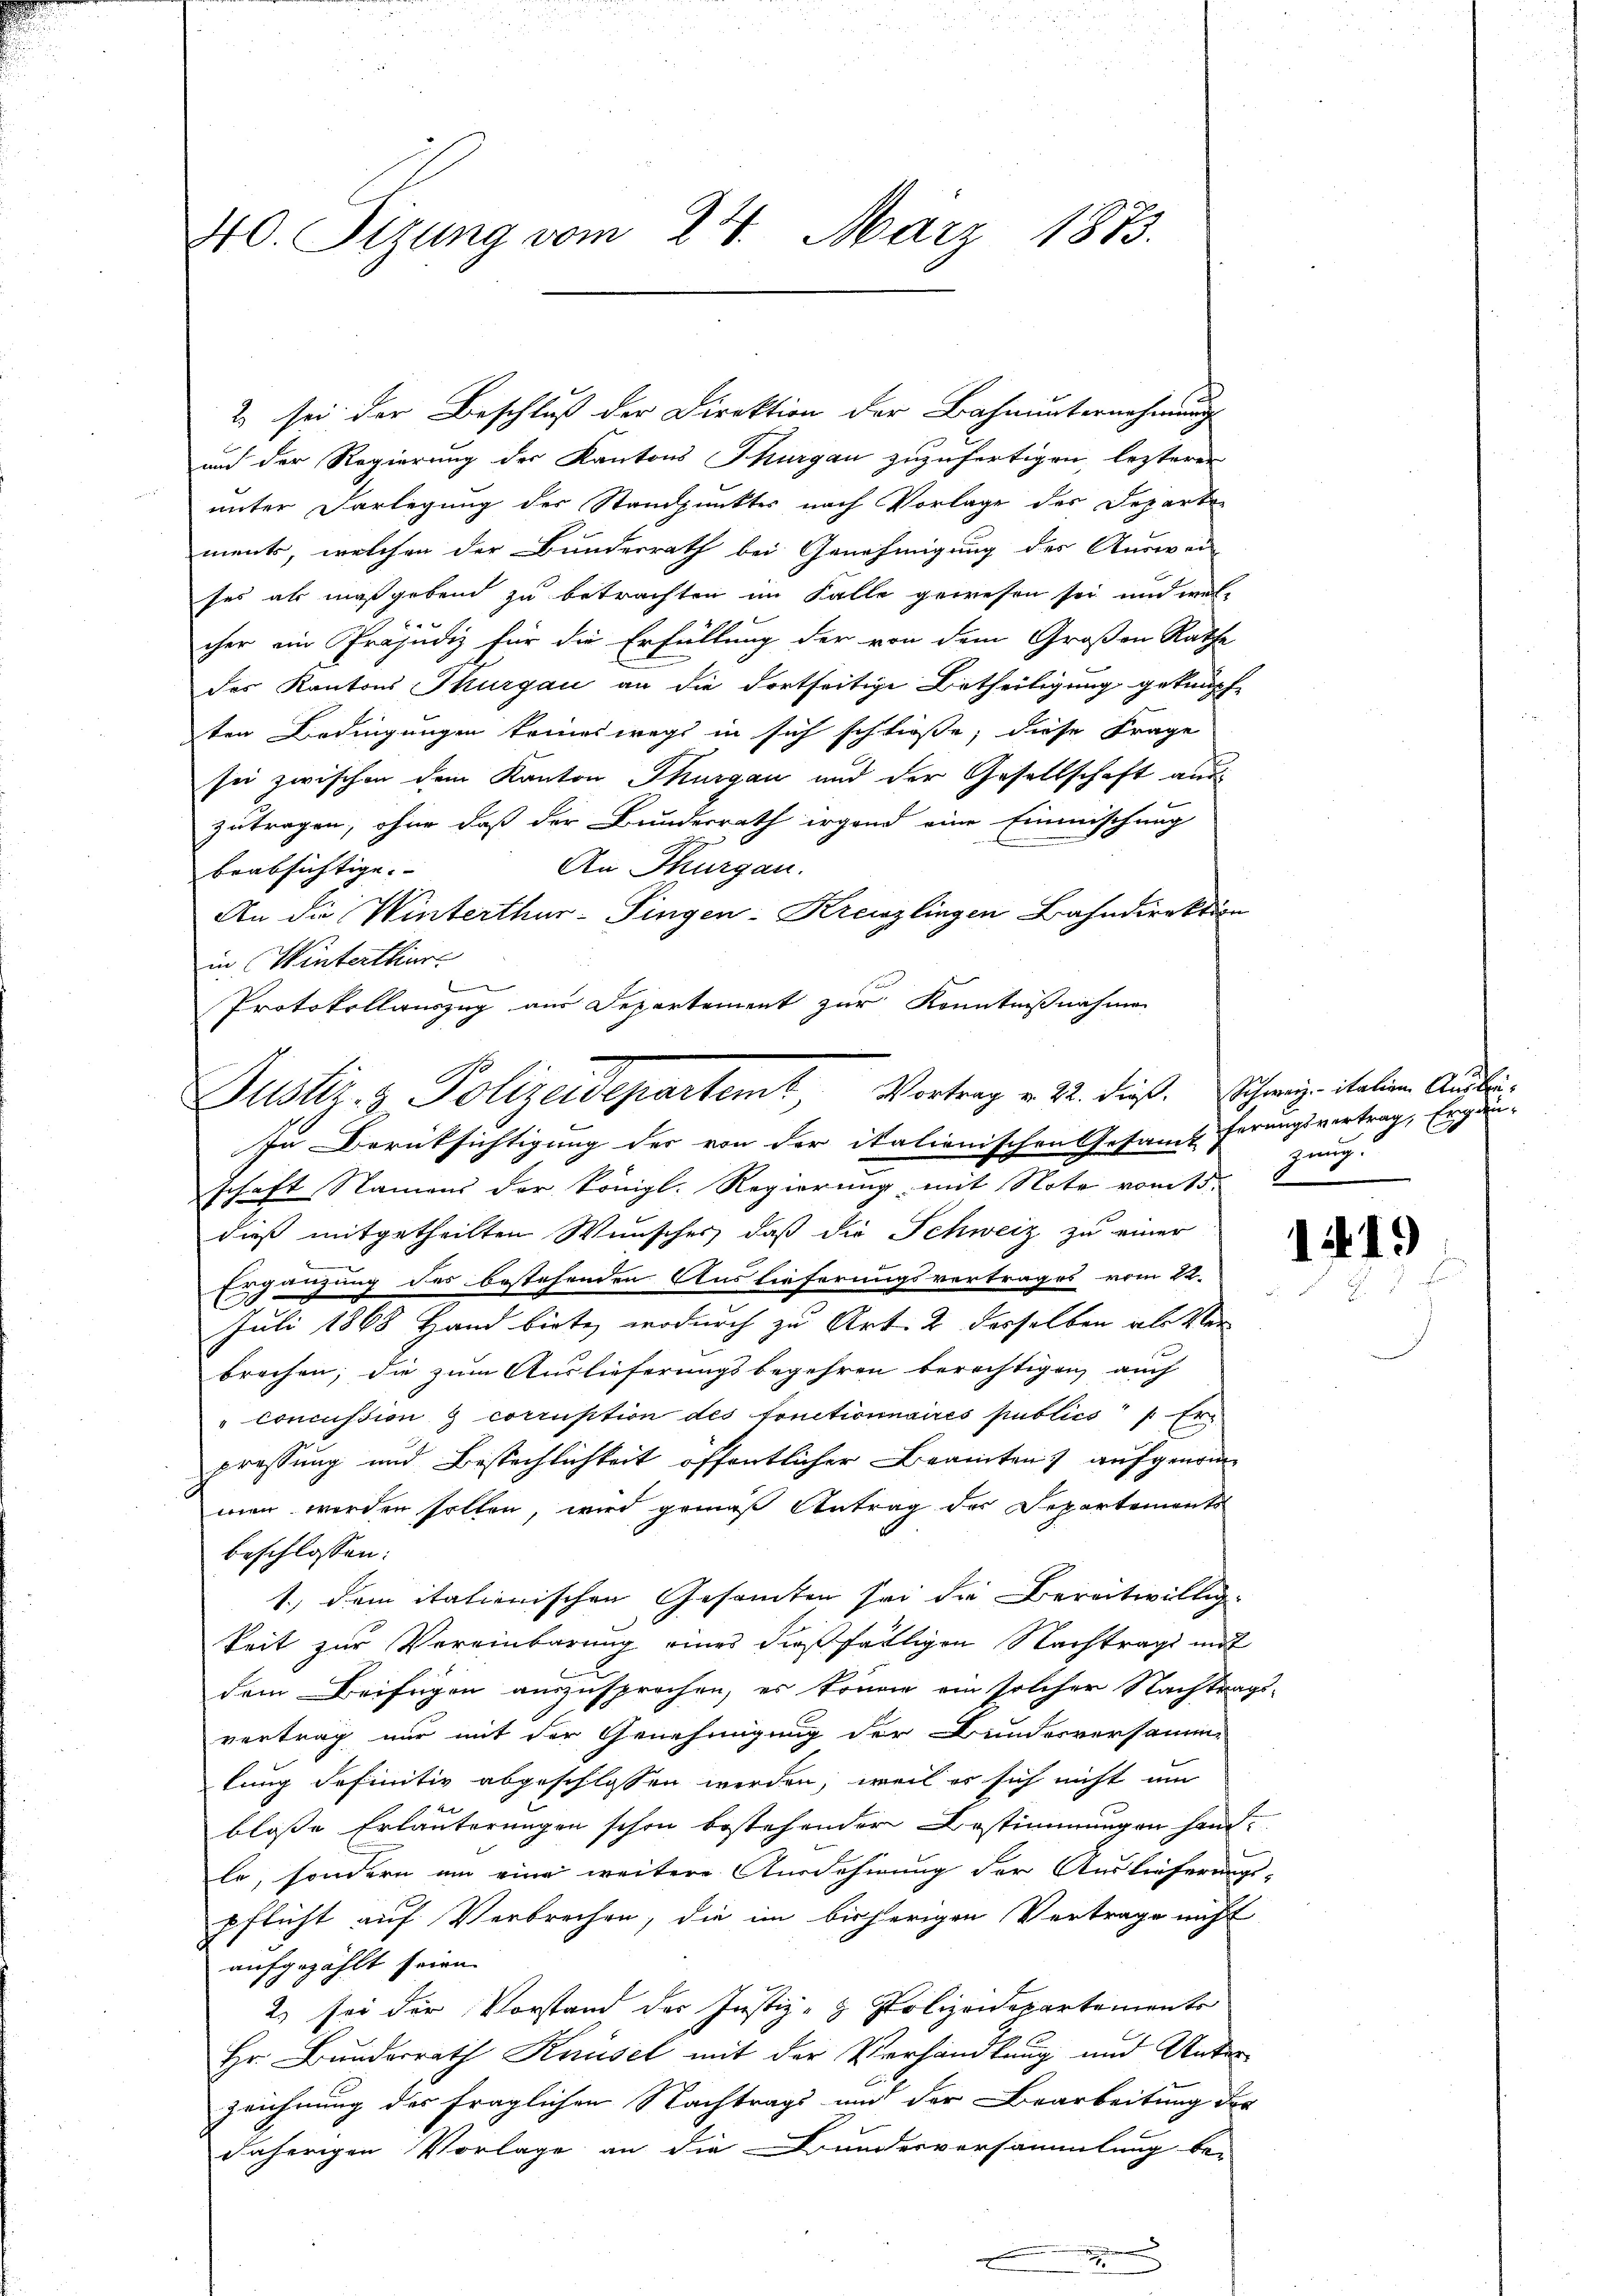
40. Sizung vom 24. März 1873.

2 sei der Beschluß der Direktion der Bahnunternehmung
und der Regierung des Kantons Thurgau zuzufertigen, letzteren
unter Darlegung des Standpunktes nach Vorlage des Departen
ments, welchen der Bundesrath bei Genehmigung des Auswei
ses als maßgebend zu betrachten im Falle gewesen sei und wel¬

cher ein Präjudiz für die Erfüllung der von dem Großen Rathe
des Kantons Thurgau an die dortseitige Betheiligung geknüpfe
ten Bedingungen keineswegs in sich schließe; diese Frage
sie zwischen dem Kanton Thurgau und der Gesellschaft aus
zutragen, ohne daß der Bundesrath irgend eine Einmischung
An Thurgau.
beabsichtige.
An die Winterthur-Fingen-Kreuzlingen Bahndirektion
in Winterthure
.
Protokollauszug aus Departement zur Kenntnißnahmen

Justiz- & Polizeidepartemt, Vortrag . . dies
In Berüksichtigung der von der italienischen Gesamtferungsvertrag, Ergän-
schaft Namens der Königl. Regierung mit Note vom 15.

dieß mitgetheilten Wunsches, daß die Schweiz zu einer
Ergänzung des bestehenden Auslieferungsvertrages vom 22.
Juli 1868 Hand biete, wodurch zu Art. 2 derselben als Verbrechen, die zum Auslieferungsbegehren berechtigen, auch
"Concussion g corruption des fonctionnaires publics / Er
prossung und Bestechlichkeit öffentlicher Beamten) aufgenommen werden sollen, wird gemäß Antrag des Separtements
beschlossen:
1.) Dem italienischen Gesamten sei die Bereitwillig-
keit zur Vereinbarung eines dießfälligen Nachtrags mit
dem Beifügen auszusprochen, es könne ein solcher Nachtrags-
vertrag nur mit der Genehmigung der Bunderversamm-
lung definitiv abgeschlossen werden, weil es sich nicht um
blosse Erläuterungen schon bestehender Bestimmungen handle, sondern um eine weitere Ausdehnung der Auslieferungs-
pflicht auf Verbrechen, die im bisherigen Vertrage nicht
aufgezählt seien.
2) sei der Vorstand der Justiz- & Polizeidepartements
Hr. Bunderrath Knüsel mit der Verhandlung und Unterzeichnung des fraglichen Nachtrags und der Bearbeitung der
daherigen Vorlage an die Bundesversammlung bei

Schweiz. itation Ausbrüjung.

1419